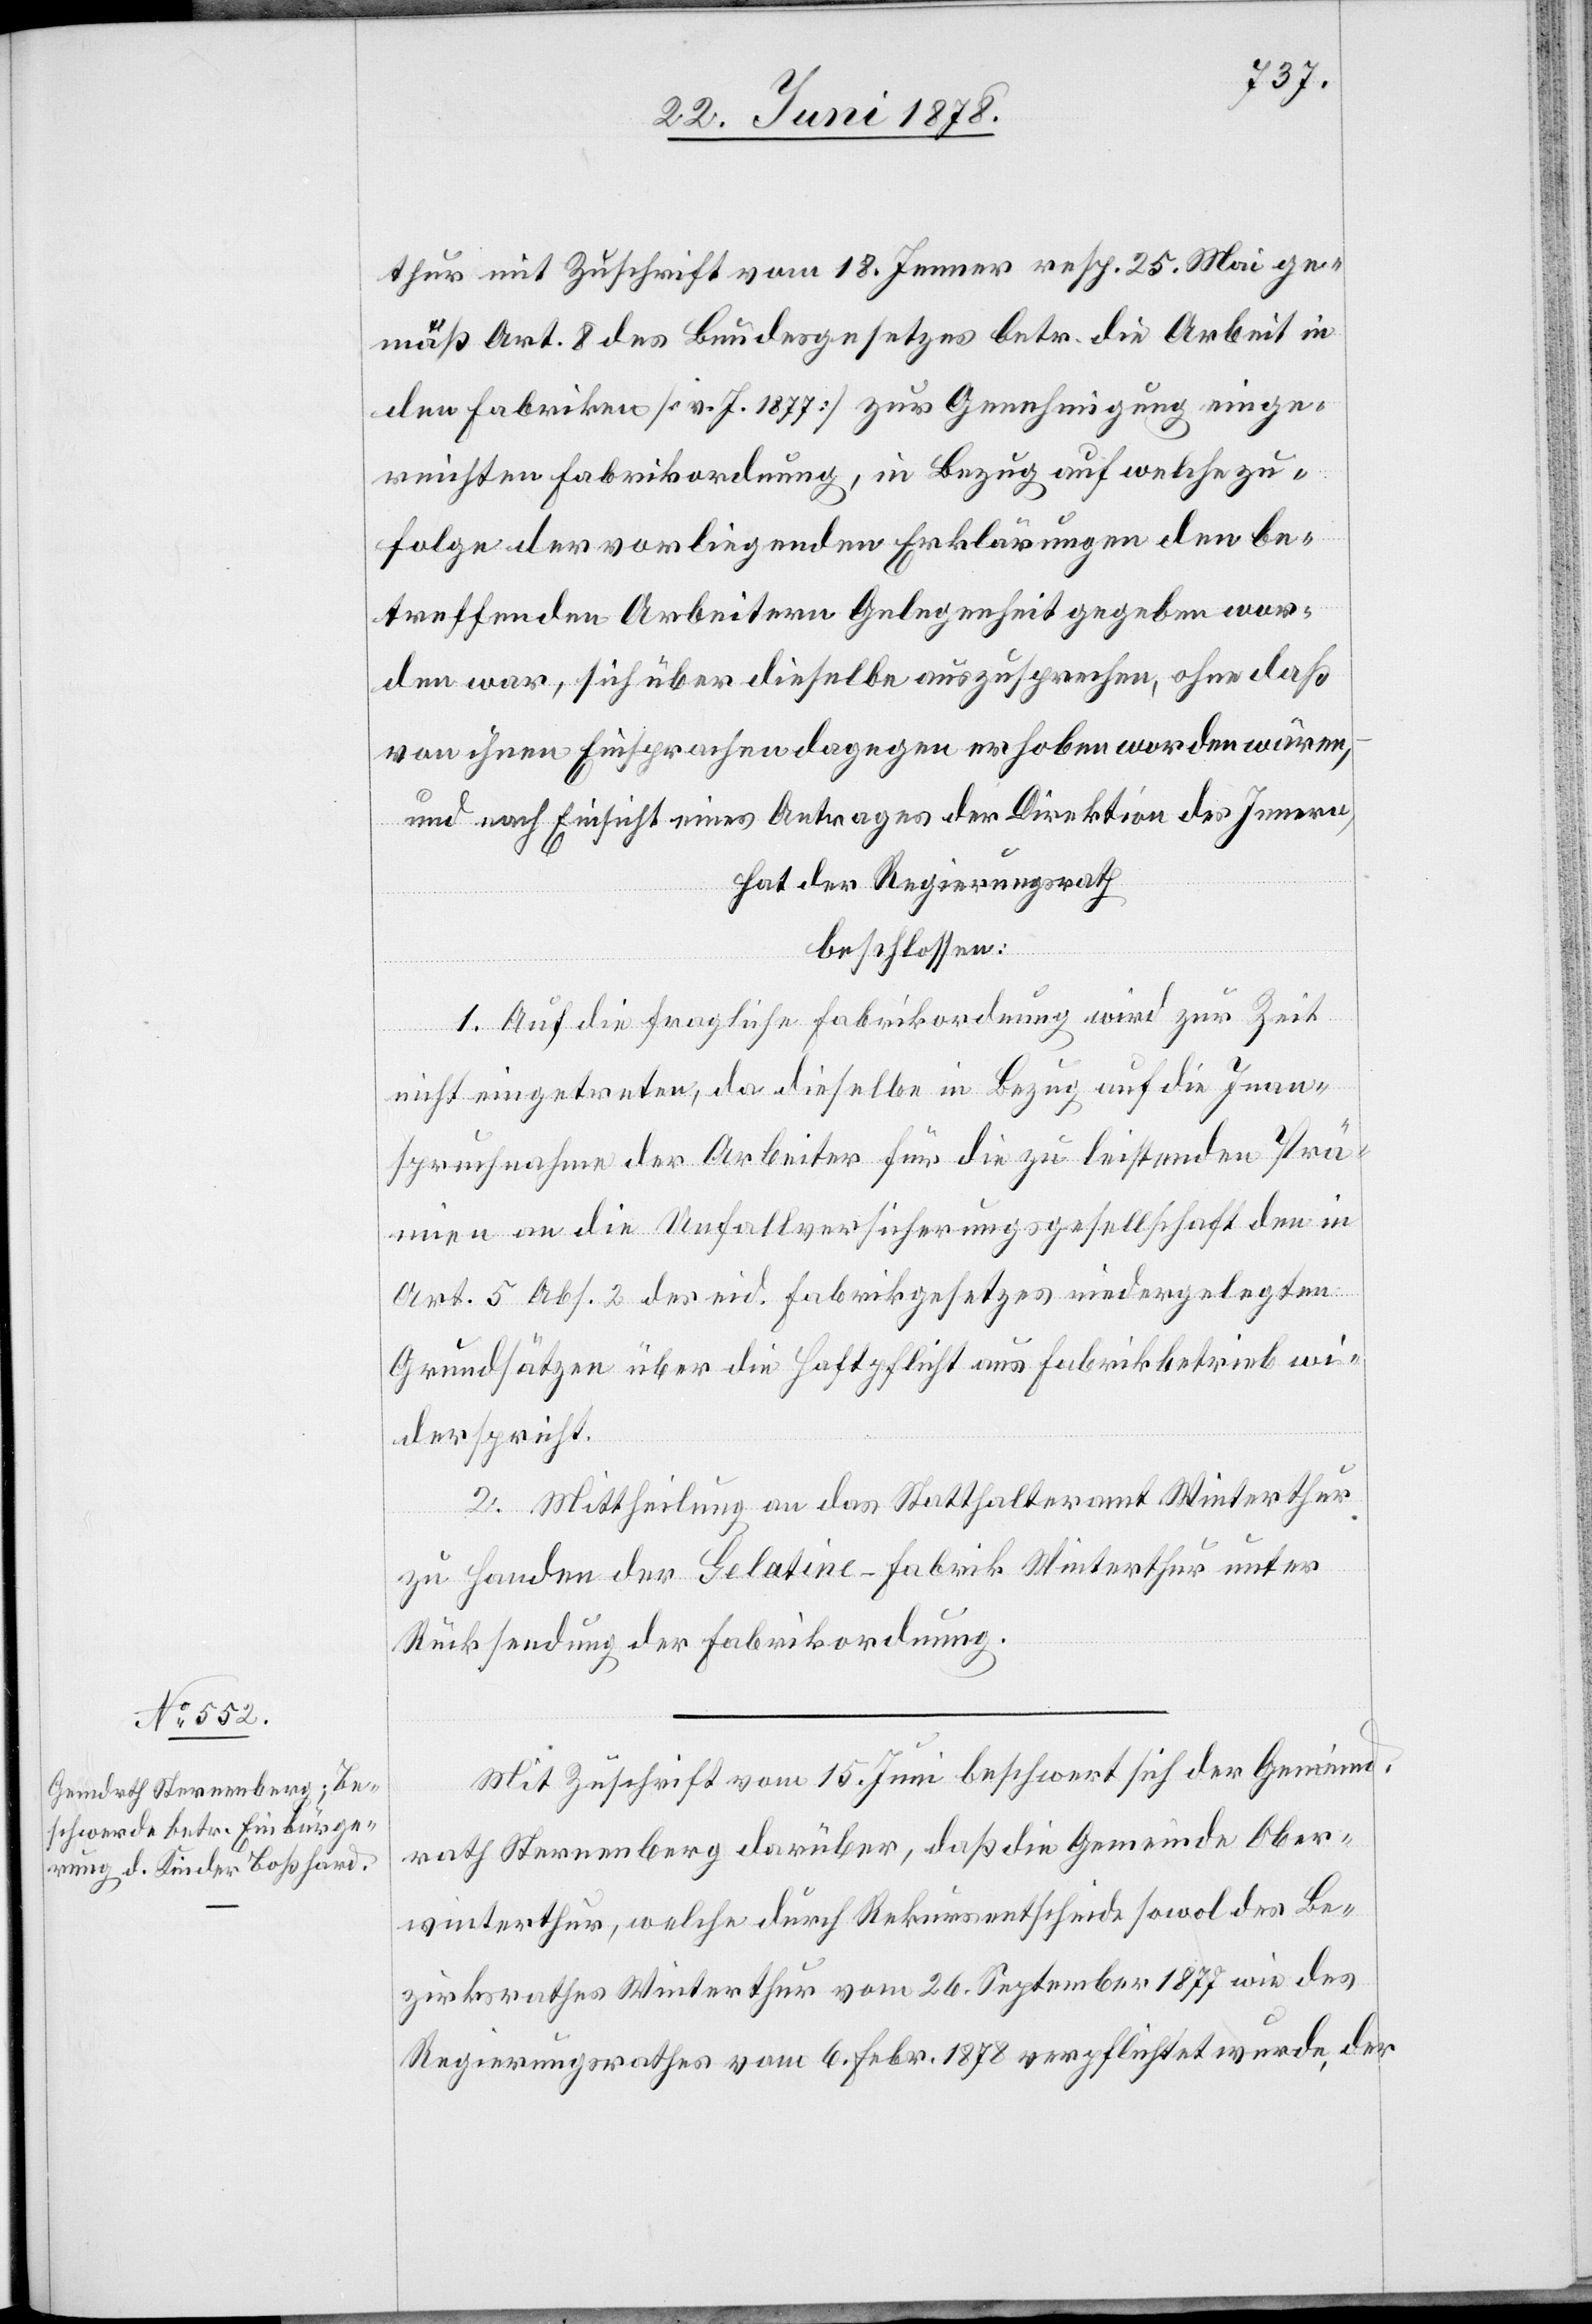
thur mit Zuschrift vom 18. Jenner resp. 25. Mai ge¬
mäß Art. 8 des Bundesgesetzes betr. die Arbeit in
den Fabriken [v. J. 1877] zur Genehmigung einge¬
reichten Fabrikordnung, in Bezug auf welche zu¬
folge der vorliegenden Erklärungen den be¬
treffenden Arbeitern Gelegenheit gegeben wor¬
den war, sich über dieselbe auszusprechen, ohne daß
von ihnen Einsprachen dagegen erhoben worden wären,
und nach Einsicht eines Antrages der Direktion des Innern,
hat der Regierungsrath
beschlossen:
1. Auf die fragliche Fabrikordnung wird zur Zeit
nicht eingetreten, da dieselbe in Bezug auf die Inan¬
spruchnahme der Arbeiter für die zu leistenden Prä¬
mien an die Unfallversicherungsgesellschaft den in
Art. 5 Abs. 2 des eid. Fabrikgesetzes niedergelegten
Grundsätzen über die Haftpflicht aus Fabrikbetrieb wi¬
derspricht.
2. Mittheilung an das Statthalteramt Winterthur
zu Handen der Gelatine-Fabrik Winterthur unter
Rücksendung der Fabrikordnung.
Mit Zuschrift vom 15. Juni beschwert sich der Gemeind¬
rath Sternenberg darüber, daß die Gemeinde Ober¬
winterthur, welche durch Rekursentscheide sowol des Be¬
zirksrathes Winterthur vom 26. September 1877 wie des
Regierungsrathes vom 6. Febr. 1878 verpflichtet wurde, der